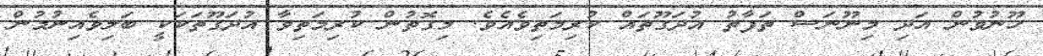
ހޫނުވުން އަދި މިނޫނަސް ތަފާތު އުދަގޫތައް ކުރިމަތިވެއެވެ. މިގޮތުން ކުރިމަތިވާ އުދަގޫތަކަކީ ބަލިވެއިނުމުން